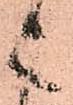
之